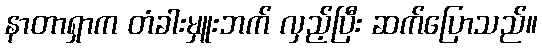
နာတာရှာက တံခါးမှူးဘက် လှည့်ပြီး ဆက်ပြောသည်။